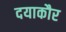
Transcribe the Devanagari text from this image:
दयाकौर